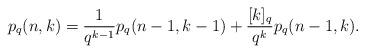
LaTeX: \begin{align*} p_q(n,k)=\frac{1}{q^{k-1}} p_q(n-1,k-1)+\frac{[k]_q}{q^k}p_q(n-1,k).\end{align*}